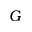
G